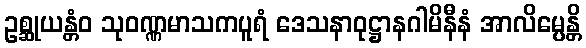
ဥစ္ဆုယန္တံဝ သုဝဏ္ဏမာသကပူရံ ဒေသနာဝုဋ္ဌာနဂါမိနီနံ အာလိမ္ပေန္တိ